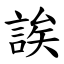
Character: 誒